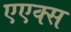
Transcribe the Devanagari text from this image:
एएक्स